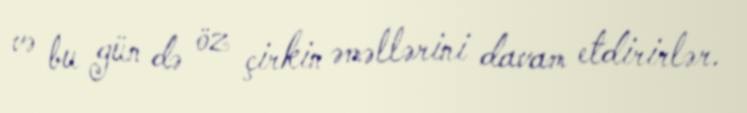
və bu gün də öz çirkin əməllərini davam etdirirlər.